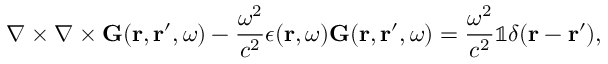
\boldsymbol { \nabla } \times \boldsymbol { \nabla } \times \mathbf { G } ( \mathbf { r } , \mathbf { r } ^ { \prime } , \omega ) - \frac { \omega ^ { 2 } } { c ^ { 2 } } \epsilon ( \mathbf { r } , \omega ) \mathbf { G } ( \mathbf { r } , \mathbf { r } ^ { \prime } , \omega ) = \frac { \omega ^ { 2 } } { c ^ { 2 } } \mathbb { 1 } \delta ( \mathbf { r } - \mathbf { r } ^ { \prime } ) ,